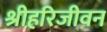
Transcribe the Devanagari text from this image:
श्रीहरिजीवन